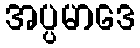
အပ္ပမာဒေ